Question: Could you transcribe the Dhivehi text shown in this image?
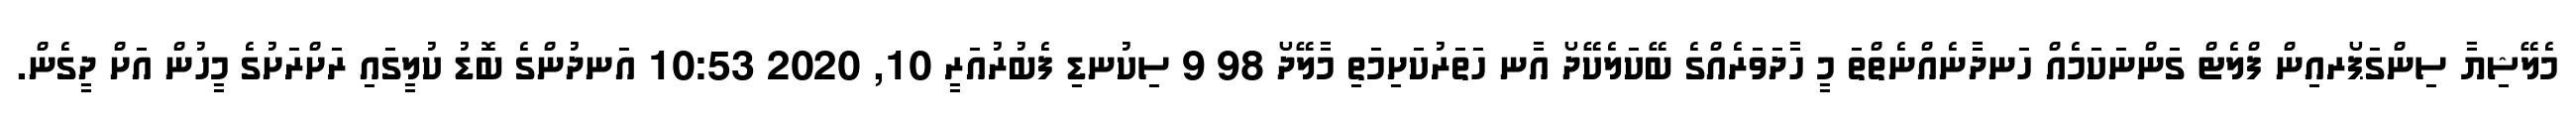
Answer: މެލޭޝިޔާ ސިންގަޕޯރއިން ފްލެޓް ގަންނަކަމެއް ހަނދާނެއްނެތްތަ މީ ހާދަވަރެއްގެ ބޭކަލެކޭދޯ އާނ ހަތަރުކަށިމަތި މާލޭދޯ 98 9 ސިކުނޑި ފެބުރުއަރީ 10, 2020 10:53 އަނދުންގެ ބޮޑު ކުލީގައި ރަށްރަށުގެ މީހުން އަށް ދީގެން.